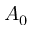
A _ { 0 }